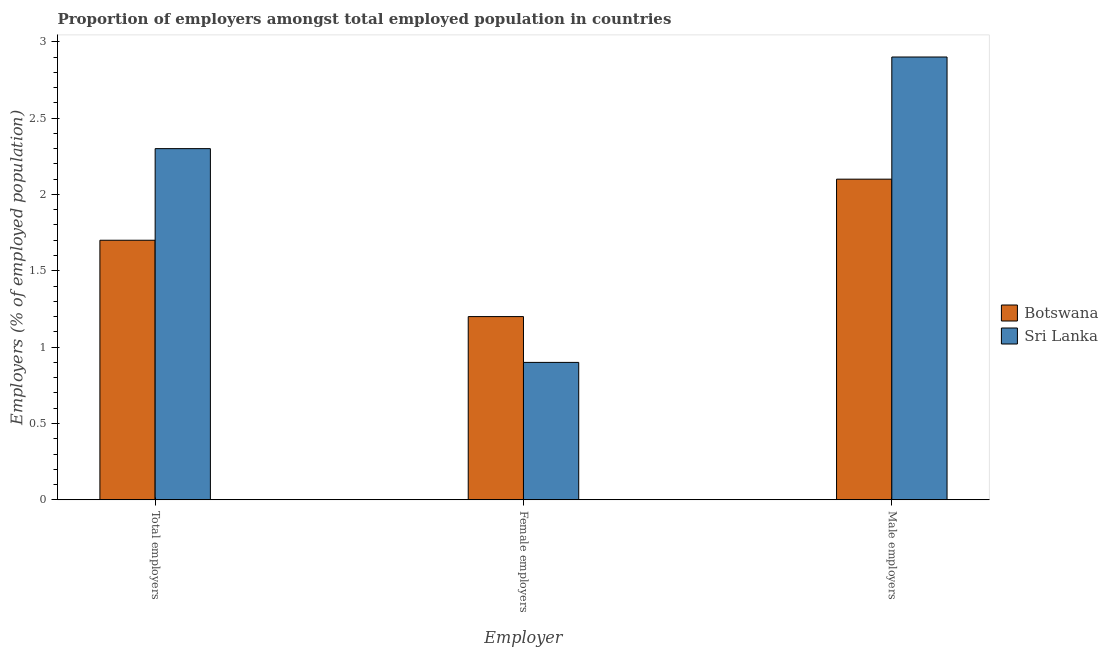
| Employer | Botswana | Sri Lanka |
 | --- | --- | --- |
 | Total employers | 1.7 | 2.3 |
 | Female employers | 1.2 | 0.9 |
 | Male employers | 2.1 | 2.9 |